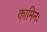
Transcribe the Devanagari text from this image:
कामिनः